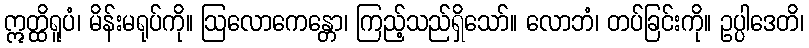
ဣတ္ထိရူပံ၊ မိန်းမရုပ်ကို။ ဩလောကေန္တော၊ ကြည့်သည်ရှိသော်။ လောဘံ၊ တပ်ခြင်းကို။ ဥပ္ပါဒေတိ၊